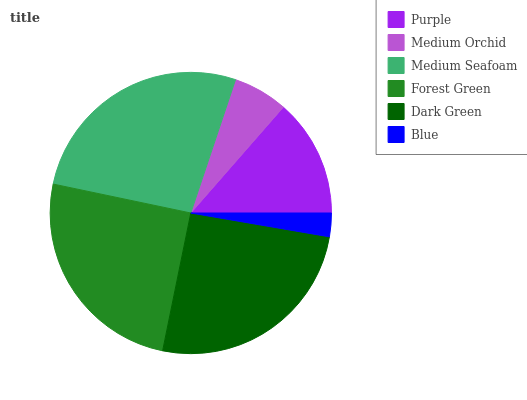
| Purple | Medium Orchid | Medium Seafoam | Forest Green | Dark Green | Blue |
 | --- | --- | --- | --- | --- | --- |
 | 13.6% | 6.28% | 26.9% | 25.1% | 25.4% | 2.7% |